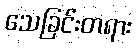
သေခြင်းတရား